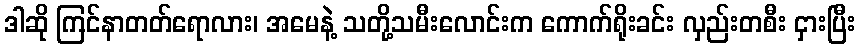
ဒါဆို ကြင်နာတတ်ရောလား၊ အမေနဲ့ သတို့သမီးလောင်းက ကောက်ရိုးခင်း လှည်းတစီး ငှားပြီး